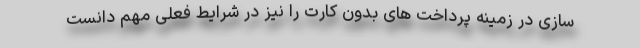
سازی در زمینه پرداخت های بدون کارت را نیز در شرایط فعلی مهم دانست